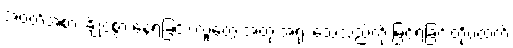
အဝတ်အစား ချို့ငဲ့စွာ နေရခြင်း၊ လူတွေ အတုံးအရုံး သေသည်ကို မြင်ရခြင်းတိုပထက်